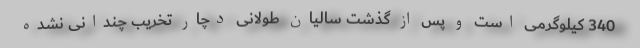
340 کیلوگرمی است و پس از گذشت سالیان طولانی دچار تخریب چندانی نشده